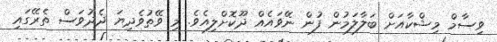
ވިސާމް މިޝްކާއަށް ބަލާލަމުން ފުން ނޭވައެއް ދޫކޮށްލިއެވެ. މި ވޭތުވެދިޔަ ދެދުވަސް ތެރޭގައި